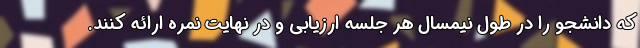
که دانشجو را در طول نیمسال هر جلسه ارزیابی و در نهایت نمره ارائه کنند.